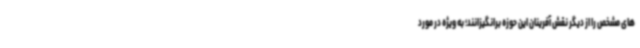
های مشخص را از دیگر نقش آفرینان این حوزه برانگیزانند؛ به ویژه در مورد